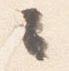
々